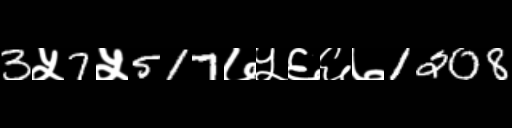
Text: 3५7५517७५६६७1208